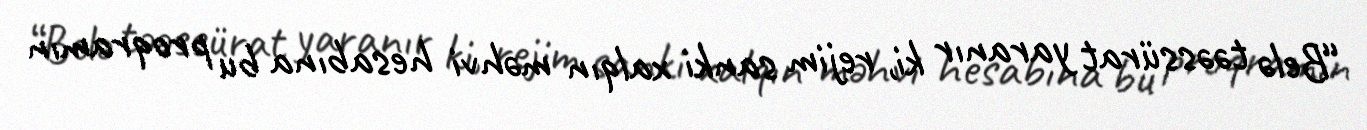
“Belə təəssürat yaranır ki, rejim sanki xalqın məhvi hesabına bu proqramın